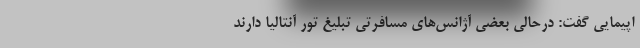
اپیمایی گفت: درحالی بعضی آژانس‌های مسافرتی تبلیغ تور آنتالیا دارند